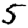
Digit: 5